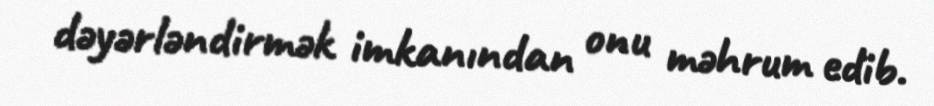
dəyərləndirmək imkanından onu məhrum edib.